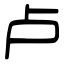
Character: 卢